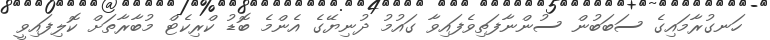
ހަނގުރާމައިގެ ސަބަބުން ސުންނާފަތިވެފައިވާ ގައުމު ދުނިޔޭގެ އެންމެ ބޮޑު ކްރިކެޓް މުބާރާތަށް ކޮލިފައިވީ